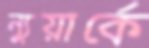
ন্যুয়ার্কে